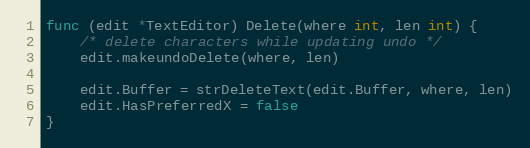
Language: Go
func (edit *TextEditor) Delete(where int, len int) {
	/* delete characters while updating undo */
	edit.makeundoDelete(where, len)

	edit.Buffer = strDeleteText(edit.Buffer, where, len)
	edit.HasPreferredX = false
}